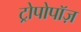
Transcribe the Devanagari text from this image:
ट्रोपोपॉज़